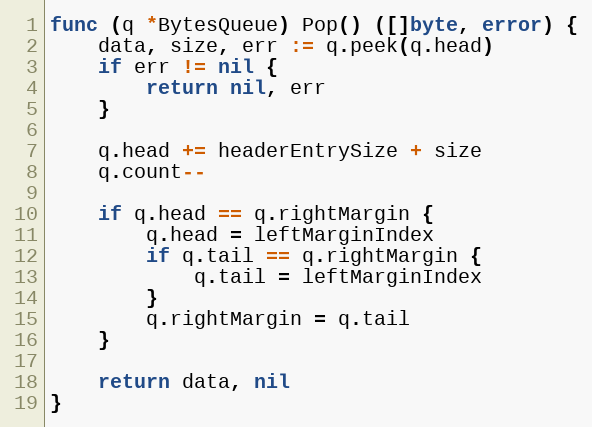
Language: Go
func (q *BytesQueue) Pop() ([]byte, error) {
	data, size, err := q.peek(q.head)
	if err != nil {
		return nil, err
	}

	q.head += headerEntrySize + size
	q.count--

	if q.head == q.rightMargin {
		q.head = leftMarginIndex
		if q.tail == q.rightMargin {
			q.tail = leftMarginIndex
		}
		q.rightMargin = q.tail
	}

	return data, nil
}